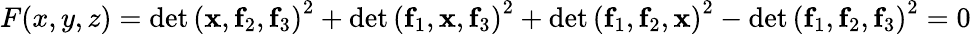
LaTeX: F(x,y,z)=\det\left(\mathbf{x},\mathbf{f}_{2},\mathbf{f}_{3}\right)^{2}+\det\left(\mathbf{f}_{1},\mathbf{x},\mathbf{f}_{3}\right)^{2}+\det\left(\mathbf{f}_{1},\mathbf{f}_{2},\mathbf{x}\right)^{2}-\det\left(\mathbf{f}_{1},\mathbf{f}_{2},\mathbf{f}_{3}\right)^{2}=0